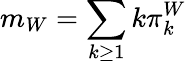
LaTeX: m_{W}=\sum_{k\geq 1}k\pi_{k}^{W}